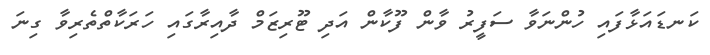
ކަނޑައަޅާފައި ހުންނަވާ ސަފީރު ވާން ފޫކާން އަދި ޓޫރިޒަމް ދާއިރާގައި ހަރަކާތްތެރިވާ ގިނަ